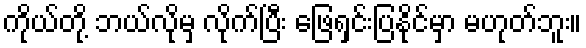
ကိုယ်တို့ ဘယ်လိုမှ လိုက်ပြီး ဖြေရှင်းပြနိုင်မှာ မဟုတ်ဘူး။